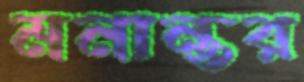
মনান্তর